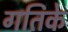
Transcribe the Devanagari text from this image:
गतिके